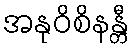
အနုဝိစိနန္တီ